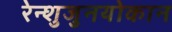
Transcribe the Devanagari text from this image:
रेन्शुजुनयोकान